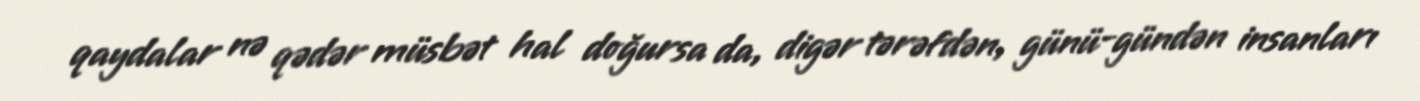
qaydalar nə qədər müsbət hal doğursa da, digər tərəfdən, günü-gündən insanları